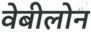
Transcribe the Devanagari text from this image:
वेबीलोन